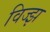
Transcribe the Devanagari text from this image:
विज्झ